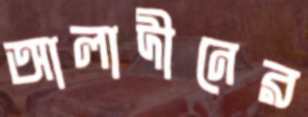
আলাদীনের